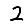
Digit: 2